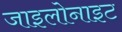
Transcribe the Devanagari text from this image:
जाइलोनाइट